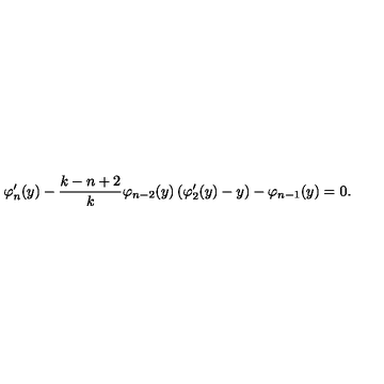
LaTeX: \varphi _ { n } ^ { \prime } ( y ) - \frac { k - n + 2 } { k } \varphi _ { n - 2 } ( y ) \left( \varphi _ { 2 } ^ { \prime } ( y ) - y \right) - \varphi _ { n - 1 } ( y ) = 0 .